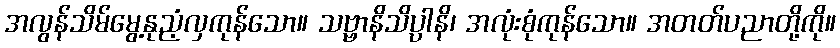
အလွန်သိမ်မွေ့နုညံ့လှကုန်သော။ သဗ္ဗာနိသိပ္ပါနိ၊ အလုံးစုံကုန်သော။ အတတ်ပညာတို့ကို။